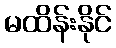
မထိန်းနိုင်